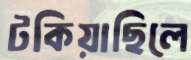
টকিয়াছিলে